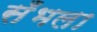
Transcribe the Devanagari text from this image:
सँभला